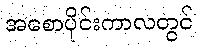
အစောပိုင်းကာလတွင်